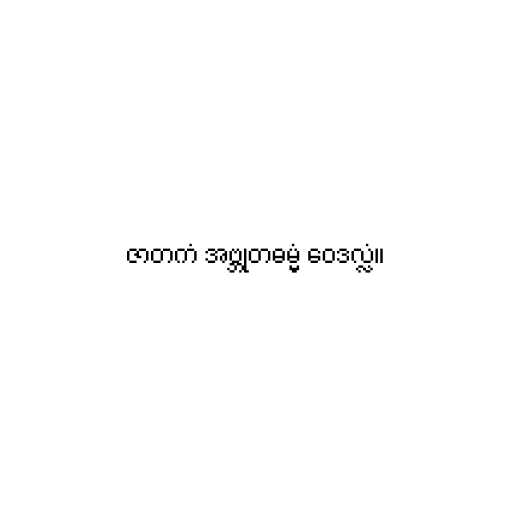
ဇာတကံ အဗ္ဘုတဓမ္မံ ဝေဒလ္လံ။